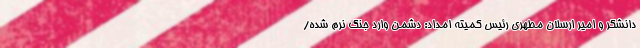
دانشگر و امیر ارسلان مطهری رئیس کمیته امداد: دشمن وارد جنگ نرم شده/